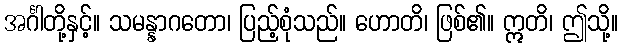
အင်္ဂါတို့နှင့်။ သမန္နာဂတော၊ ပြည့်စုံသည်။ ဟောတိ၊ ဖြစ်၏။ ဣတိ၊ ဤသို့။